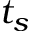
t _ { s }